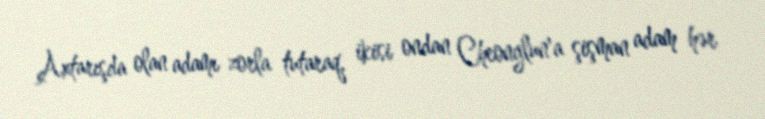
Axtarışda olan adamı zorla tutaraq, ikisi ondan Cheonglun'a şişman adam hər